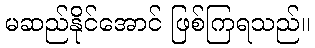
မဆည်နိုင်အောင် ဖြစ်ကြရသည်။